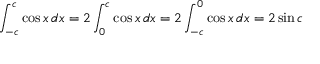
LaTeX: \int _ { - c } ^ { c } \cos { x } \, d x = 2 \int _ { 0 } ^ { c } \cos { x } \, d x = 2 \int _ { - c } ^ { 0 } \cos { x } \, d x = 2 \sin { c }